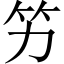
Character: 竻